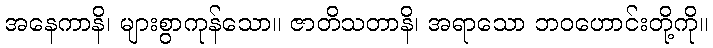
အနေကာနိ၊ များစွာကုန်သော။ ဇာတိသတာနိ၊ အရာသော ဘဝဟောင်းတို့ကို။